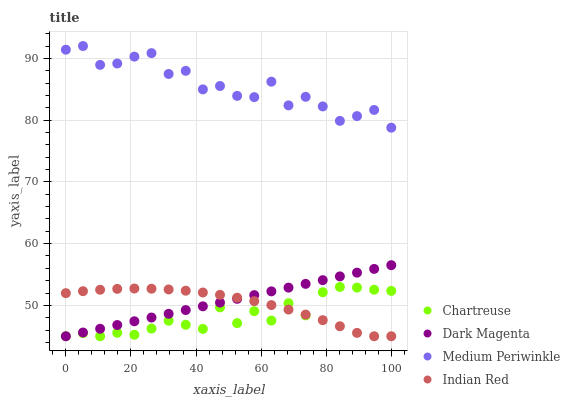
| xaxis_label | Chartreuse | Dark Magenta | Medium Periwinkle | Indian Red |
 | --- | --- | --- | --- | --- |
 | 0 | 45 | 45 | 91.4 | 52 |
 | 5.26 | 45.5 | 45.6 | 92 | 52.3 |
 | 10.5 | 45 | 46.2 | 88.9 | 52.5 |
 | 15.8 | 45.6 | 46.8 | 89.2 | 52.7 |
 | 21.1 | 45.2 | 47.4 | 90.3 | 52.7 |
 | 26.3 | 46.2 | 48 | 90.8 | 52.7 |
 | 31.6 | 47.5 | 48.6 | 87.5 | 52.6 |
 | 36.8 | 46.9 | 49.2 | 88 | 52.4 |
 | 42.1 | 46.2 | 49.8 | 85 | 52.1 |
 | 47.4 | 49.7 | 50.5 | 85.5 | 51.7 |
 | 52.6 | 47.1 | 51.1 | 83.9 | 51.2 |
 | 57.9 | 49.1 | 51.7 | 83.7 | 50.7 |
 | 63.2 | 47.5 | 52.3 | 86.2 | 50 |
 | 68.4 | 50.3 | 52.9 | 82.4 | 49.3 |
 | 73.7 | 48.4 | 53.5 | 83.8 | 48.5 |
 | 78.9 | 52.1 | 54.1 | 82.2 | 47.6 |
 | 84.2 | 53 | 54.7 | 79.9 | 46.6 |
 | 89.5 | 52.9 | 55.3 | 80.7 | 45.5 |
 | 94.7 | 52.5 | 55.9 | 81.6 | 45 |
 | 100 | 52.3 | 56.5 | 78.8 | 45 |